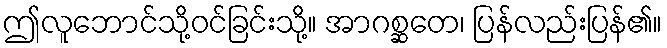
ဤလူဘောင်သို့ဝင်ခြင်းသို့။ အာဂစ္ဆတေ၊ ပြန်လည်းပြန်၏။